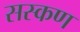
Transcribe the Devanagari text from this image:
सस्कण